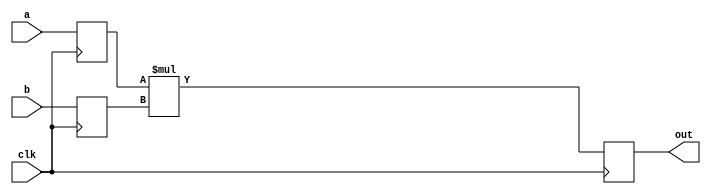
module simple_mult(
    input                           clk,
    input signed    [widtha-1:0]    a,
    input signed    [widthb-1:0]    b,
    output          [widthp-1:0]    out
);
parameter widtha = 1;
parameter widthb = 1;
parameter widthp = 2;
reg signed [widtha-1:0] a_reg;
reg signed [widthb-1:0] b_reg;
reg signed [widthp-1:0] out_1;
assign out = out_1;
wire signed [widthp-1:0] mult_out;
assign mult_out = a_reg * b_reg;
always @ (posedge clk)
begin
    a_reg   <= a;
    b_reg   <= b;
    out_1   <= mult_out;
end
endmodule